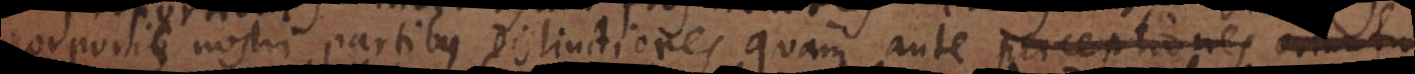
corporis nostri partibus distinctiores quam ante motus oriu